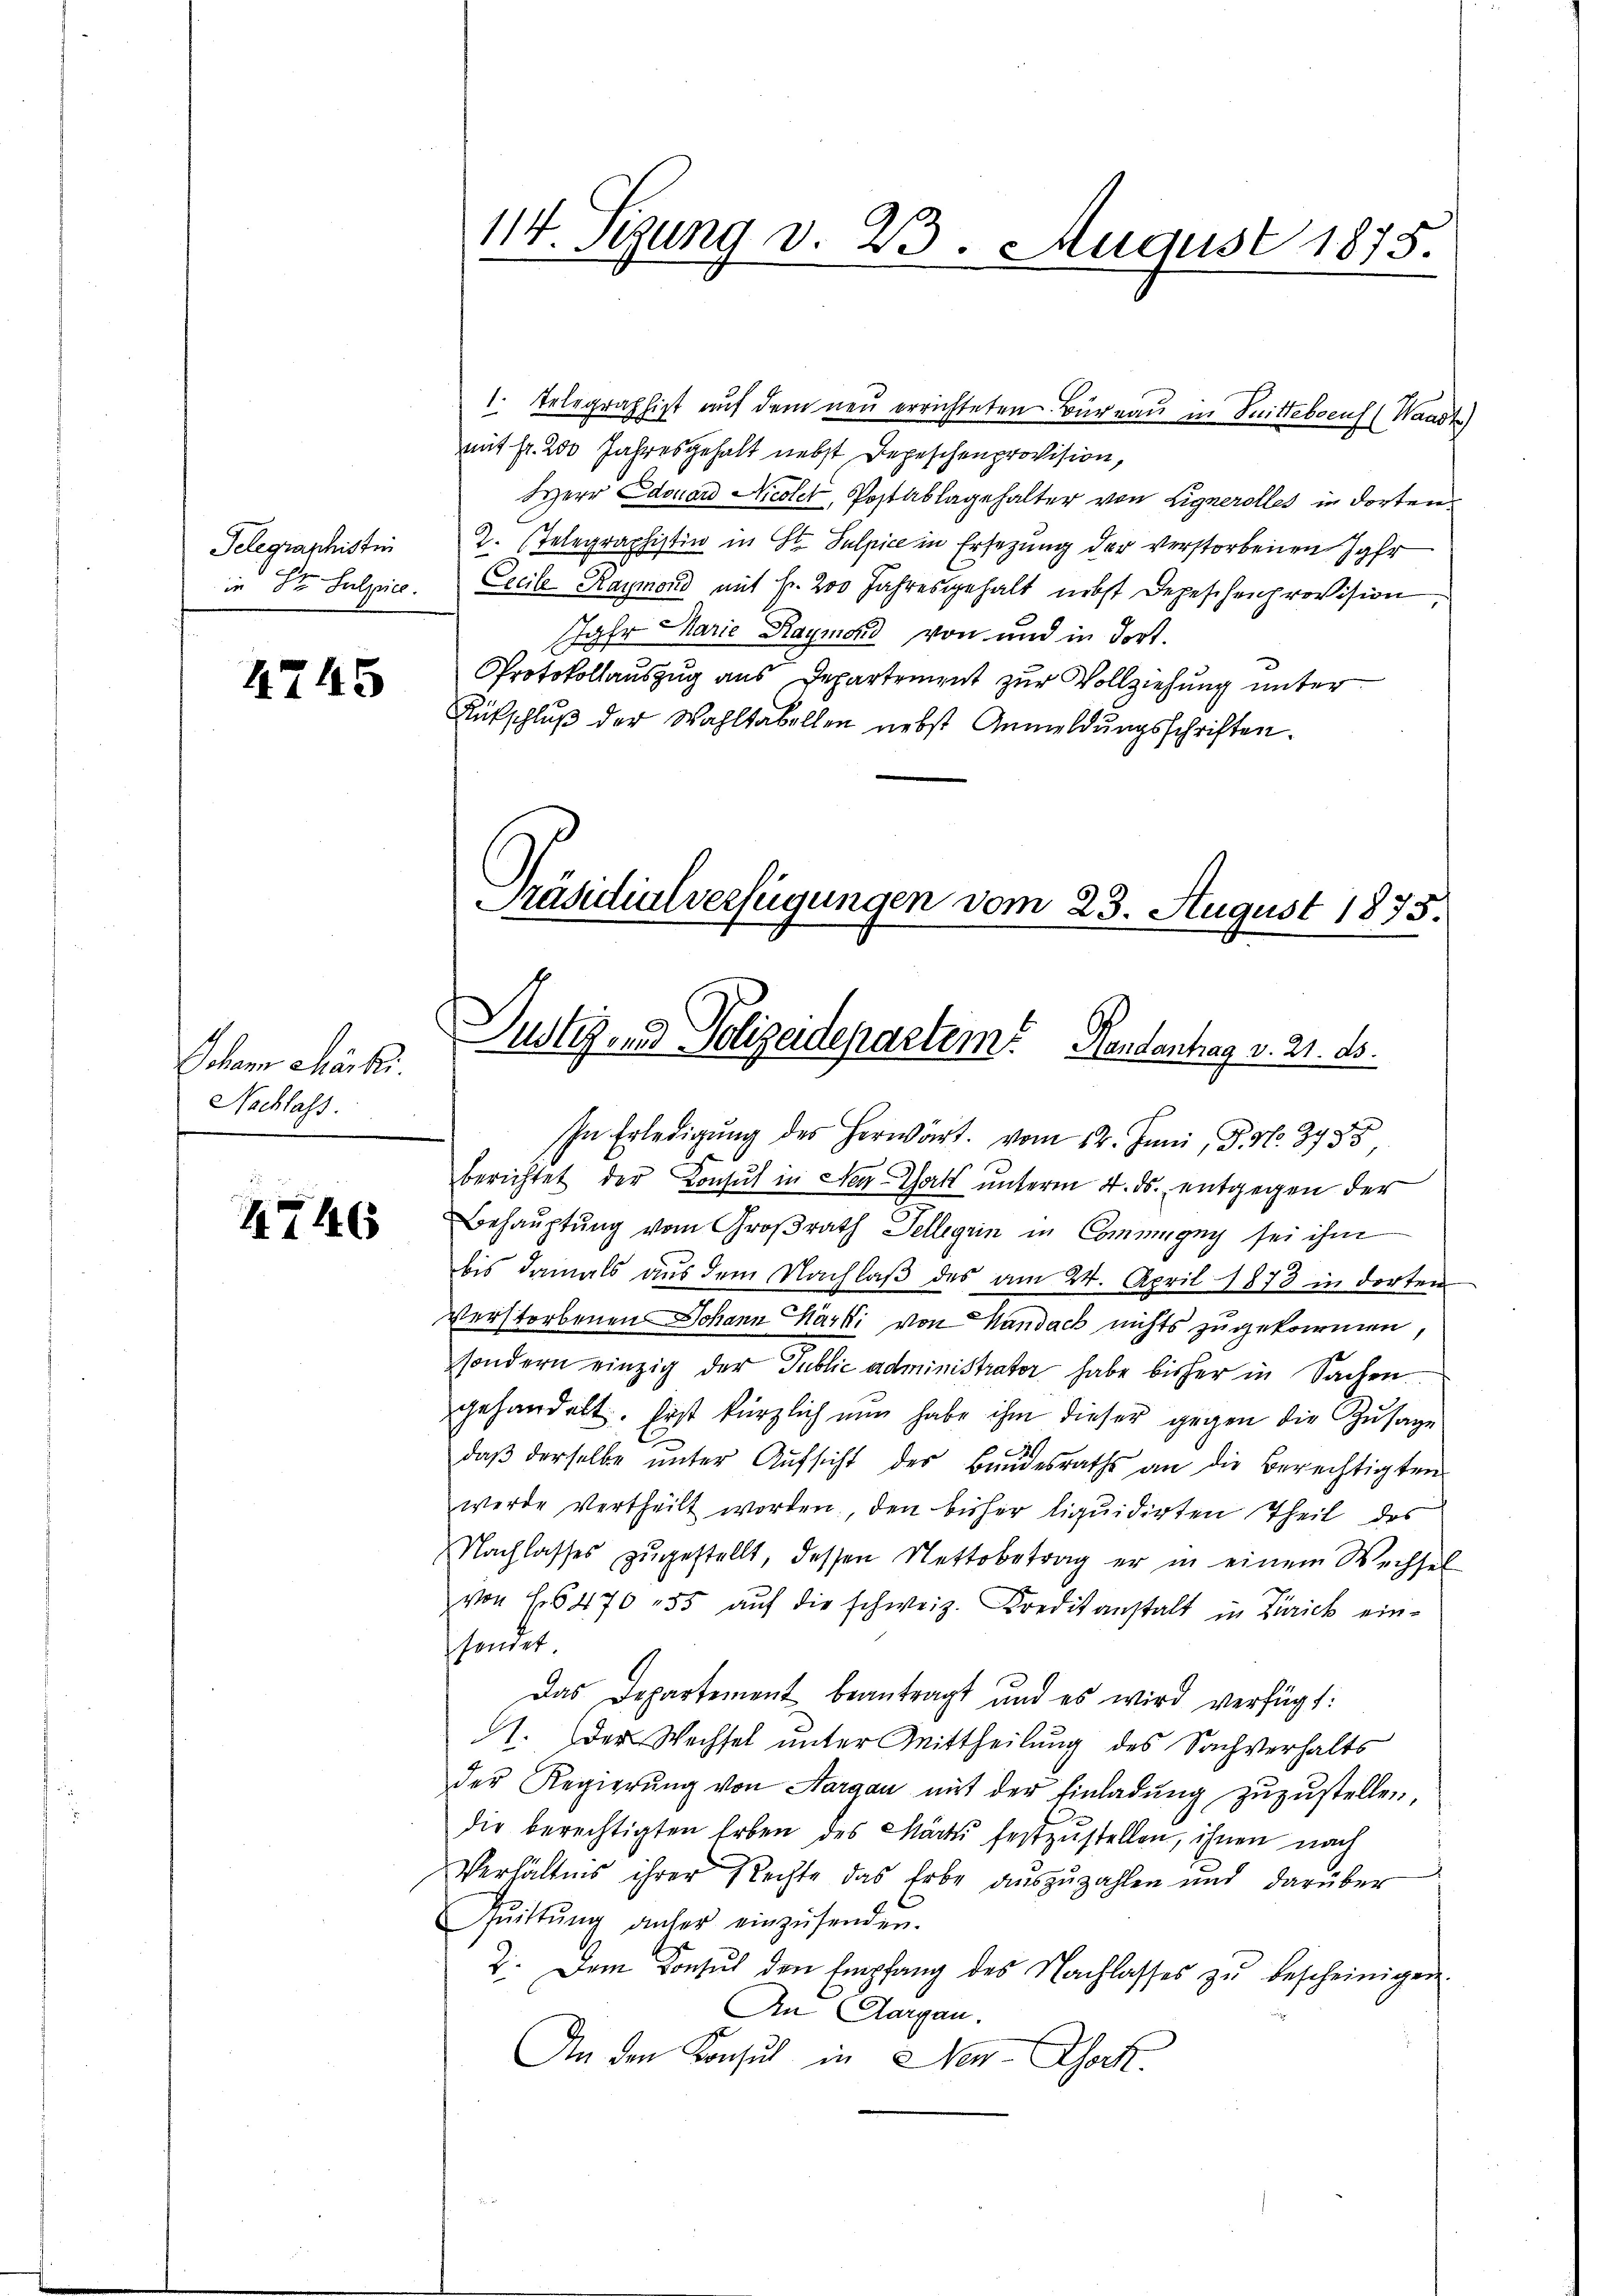
Telegraphistin
in St. Sulpiel.

4745

Schann Chärki
Nachlass.

4746

114. Segung v. 23. August 1875.

1. Telegraphist auf dem neu errichteten Büreau in Sittebocus (Waadt)
mit fr. 200 Jahresgehalt nebst Depeschenprovision,
Herr Edouard Nicolet, Postablagehalter von Lignerolles in dorten
2. Telegraphistin in St. Sulpice in Ersezung der verstorbenen Jahr
Cocile Kaymond mit Fr. 200 Jahresgehalt nebst Depeschenprovision,
Jahr Marie Raymond von und in dort.
Protokollauszug aus Departement zur Vollziehung unter
Rütschlŭβ der Wahltabellen nebst Anmeldŭngsschriften.

Präsutialverfügungen vom 23. August 1873.
Justiz und Polizeidepartem Handentrag v. 21. ds.

In Erledigŭng des herwärt. vom 12. Juni, P. Nr. 343
berichtet der Consul in Neg-Tott unterm 4. ds. entgegen der
Behauptung vom Großrath Delligrin in Commigny sei ihm
bis damals aus dem Nachlaβ des am 24. April 1873 in dorten
Verstorbenen Johann Märki von Handach nichts zugekommen,
sondern einzig der Public administrator habe bisher in Sachen.
gehandelt. Erst kürzlich nun habe ihm dieser gegen die Zusage
daβ derselbe ŭnter Aŭfsicht des Bundesraths an die Berechtigten
werde vertheilt worden, den bisher liquidirten Theil des
NNachlasses zugestellt, dessen Nettobetrag er in einem Wechsel
von H. 6470 55 aŭf die schweiz. Kreditanstalt in Zürich ein-
hendet
Das Departement beantragt und es wird verfügt:
1. Der Wechsel unter Mittheilung des Sachverhalts
der Regierŭng von Aargau mit der Einladŭng zŭzŭstellen,
die berechtigten Erben des März festzustellen, ihnen nach
Verhältnis ihrer Rechte das Erbe auszuzahlen und darüber
pittung anher einzusenden.
2. Dem Konsul den Empfang des Nachlasses zŭ bescheinigen.
An Aargau.
An den Konsul in Hen-Tock.